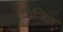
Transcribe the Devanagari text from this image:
प्रजित